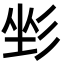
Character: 𢒐